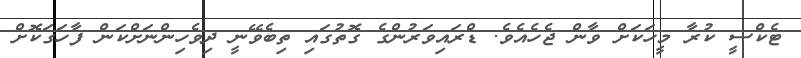
ޓެކްސީ ކުރާ މީހަކަށް ވާން ޖެހެއެވެ. ޑްރައިވަރުންގެ ގޮތުގައި ތިބެވޭނީ ދިވެހިންނަށްކަން ފާހަގަކޮށް